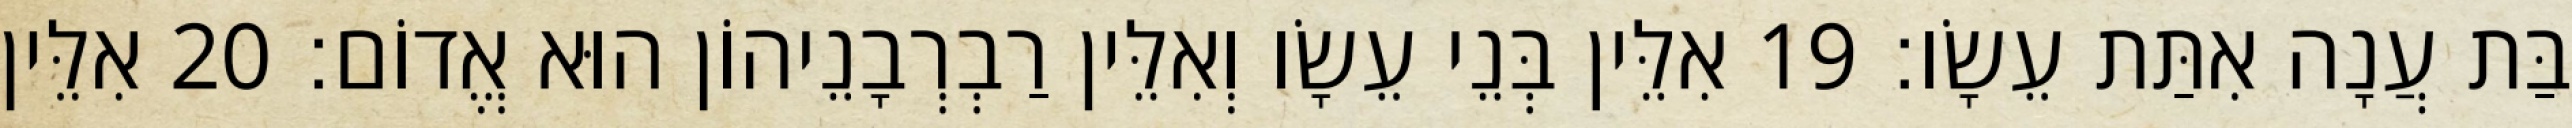
בַּת עֲנָה אִתַּת עֵשָׂו׃ 19 אִלֵּין בְּנֵי עֵשָׂו וְאִלֵּין רַבְרְבָנֵיהוֹן הוּא אֱדוֹם׃ 20 אִלֵּין